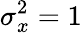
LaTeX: \sigma_{x}^{2}=1